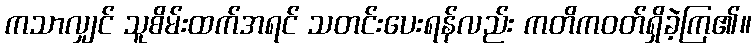
ကသာလျှင် သူစိမ်းထက်အရင် သတင်းပေးရန်လည်း ကတိကဝတ်ရှိခဲ့ကြ၏။